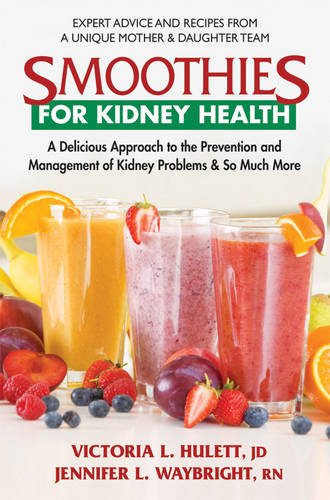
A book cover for Smoothies for Kidney Health: A Delicious Approach to the Prevention and Management of Kidney Problems & So Much More; Victoria L. Hulett JD JD; Cookbooks, Food & Wine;